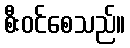
စီးဝင်စေသည်။